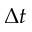
\Delta t